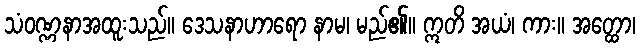
သံဝဏ္ဏနာအထူးသည်။ ဒေသနာဟာရော နာမ၊ မည်၏။ ဣတိ အယံ၊ ကား။ အတ္ထော၊